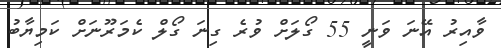
ވާއިރު އޭނަ ވަނީ 55 ގޯލަށް ވުރެ ގިނަ ގޯލް ކެމަރޫނަށް ކަމިޔާބު